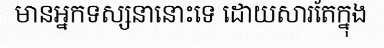
មានអ្នកទស្សនានោះទេ ដោយសារតែក្នុង